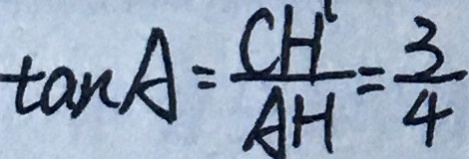
\tan A = \frac { C H ^ { \prime } } { A H } = \frac { 3 } { 4 }